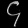
Digit: ၄